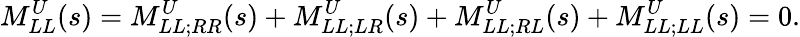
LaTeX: M_{LL}^{U}(s)=M_{LL;RR}^{U}(s)+M_{LL;LR}^{U}(s)+M_{LL;RL}^{U}(s)+M_{LL;LL}^{U}(s)=0.